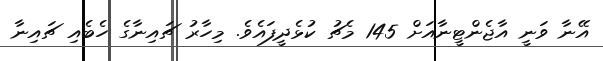
އޭނާ ވަނީ އާޖެންޓީނާއަށް 145 މެޗު ކުޅެދީފައެވެ. މިހާރު ޗައިނާގެ ހެބެއި ޗައިނާ